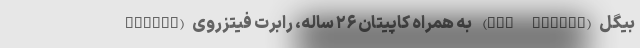
بیگل(HMS Beagle) به همراه کاپیتان ۲۶ ساله‌، رابرت فیتزروی(Robert